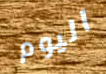
اليوم